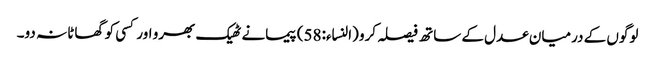
لوگوں کے درمیان عدل کے ساتھ فیصلہ کرو (النساء:58) پیمانے ٹھیک بھرو اور کسی کو گھاٹا نہ دو۔